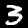
Digit: 3